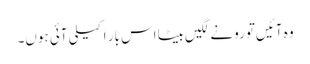
وہ آئیں‌تو رونے لگیں‌بیٹا اس بار اکیلی آئی ہوں۔